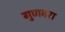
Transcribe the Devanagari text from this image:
गुणवरा